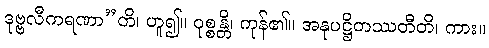
ဒုဗ္ဗလီကရဏာ”တိ၊ ဟူ၍။ ဝုစ္စန္တိ၊ ကုန်၏။ အနုပဋ္ဌိတဿတီတိ၊ ကား။